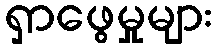
ရှာဖွေမှုများ